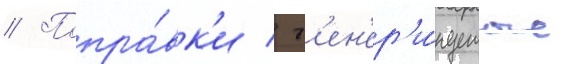
// Попра́вк'и / г'ен'ер'и́руемые